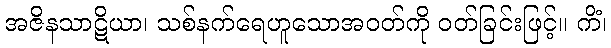
အဇိနသာဋိယာ၊ သစ်နက်ရေဟူသောအဝတ်ကို ဝတ်ခြင်းဖြင့်။ ကိံ၊